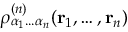
\rho _ { \alpha _ { 1 } . . . \alpha _ { n } } ^ { ( n ) } ( \mathbf { r } _ { 1 } , \ldots , \mathbf { r } _ { n } )